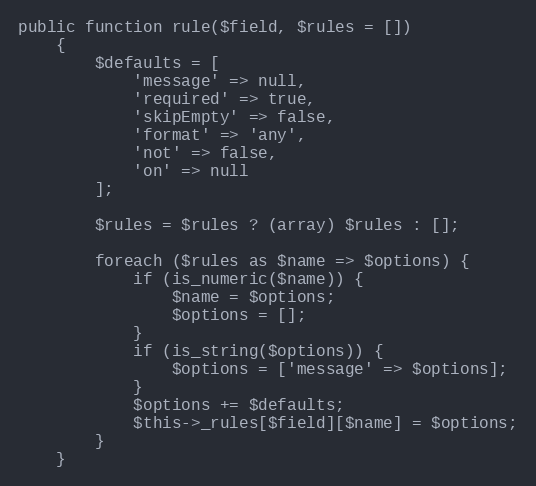
Language: PHP
public function rule($field, $rules = [])
    {
        $defaults = [
            'message' => null,
            'required' => true,
            'skipEmpty' => false,
            'format' => 'any',
            'not' => false,
            'on' => null
        ];

        $rules = $rules ? (array) $rules : [];

        foreach ($rules as $name => $options) {
            if (is_numeric($name)) {
                $name = $options;
                $options = [];
            }
            if (is_string($options)) {
                $options = ['message' => $options];
            }
            $options += $defaults;
            $this->_rules[$field][$name] = $options;
        }
    }